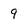
Character: 9